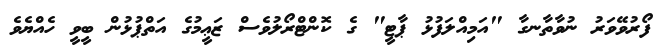
ފޯރުވޭވަރު ނުވާތާނގާ "އަމިއްލަފުޅު ޕާޓީ" ގެ ކޮންޓްރޯލުވެސް ޒަޢީމުގެ އަތްޕުޅުން ބީވީ ހެއްޔެވެ